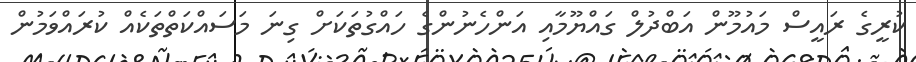
ކުރީގެ ރައީސް މައުމޫން އަބްދުލް ގައްޔޫމާއި އަންހެނުންގެ ހައްގުތަކަށް ގިނަ މަސައްކަތްތަކެއް ކުރައްވަމުން